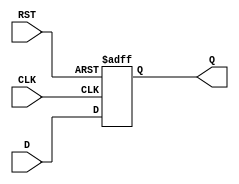
module d_flip_flop (
    input wire D,
    input wire CLK,
    input wire RST,
    output reg Q
);

always @(posedge CLK or posedge RST) begin
    if (RST) begin
        Q <= 1'b0; // Clear to predefined state
    end else begin
        Q <= D; // Store D input on rising edge of clock
    end
end

endmodule